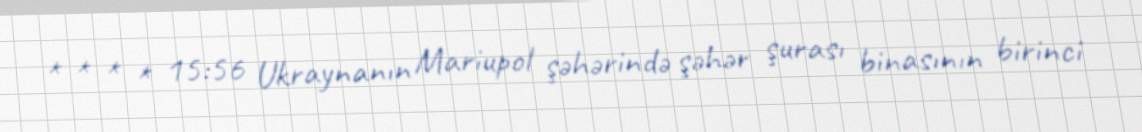
* * * * 15:56 Ukraynanın Mariupol şəhərində şəhər şurası binasının birinci